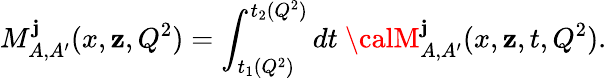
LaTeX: M_{A,A^{\prime}}^{\mathbf{j}}(x,\mathbf{z},Q^{2})=\int_{t_{1}(Q^{2})}^{t_{2}(Q^{2})}dt~{\calM}_{A,A^{\prime}}^{\mathbf{j}}(x,\mathbf{z},t,Q^{2}).